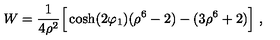
W = { \frac { 1 } { 4 \rho ^ { 2 } } } \Big [ \cosh ( 2 \varphi _ { 1 } ) ( \rho ^ { 6 } - 2 ) - ( 3 \rho ^ { 6 } + 2 ) \Big ] \ ,